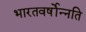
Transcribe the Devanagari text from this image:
भारतवर्षोन्नति